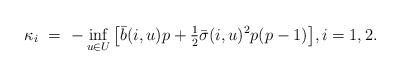
\begin{align*}\kappa_i \ = \ - \inf_{u\in U}\big[\bar b(i,u)p + \tfrac{1}{2}\bar\sigma(i,u)^2 p (p-1)\big], i=1,2.\end{align*}